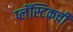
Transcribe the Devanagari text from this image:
प्लॅस्टिकची